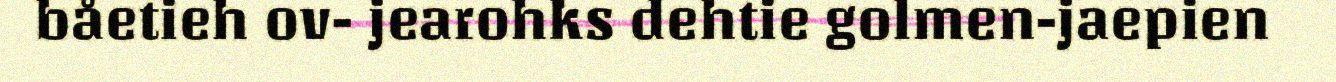
båetieh ov- jearohks dehtie golmen-jaepien